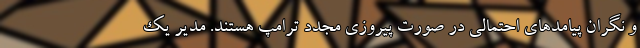
و نگران پیامدهای احتمالی در صورت پیروزی مجدد ترامپ هستند. مدیر یک